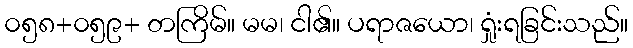
၀၅၈+၀၅၉+ တကြိမ်။ မမ၊ ငါ၏။ ပရာဇယော၊ ရှုံးရခြင်းသည်။